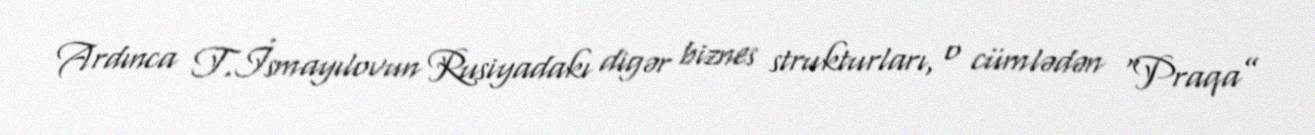
Ardınca T.İsmayılovun Rusiyadakı digər biznes strukturları, o cümlədən “Praqa”